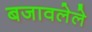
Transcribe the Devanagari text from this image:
बजावलेले